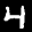
Label: 4